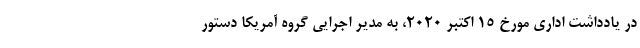
در یادداشت اداری مورخ ۱۵ اکتبر ۲۰۲۰، به مدیر اجرایی گروه آمریکا دستور